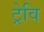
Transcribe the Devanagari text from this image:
ट्रेवि